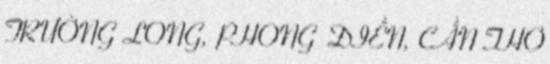
TRƯỜNG LONG, PHONG ĐIỀN, CẦN THƠ